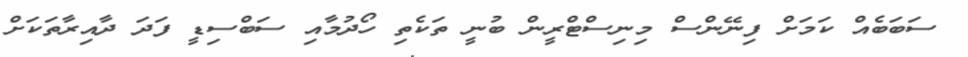
ސަބަބެއް ކަމަށް ފިނޭންސް މިނިސްޓްރީން ބުނީ ތަކެތި ހޯދުމާއި ސަބްސިޑީ ފަދަ ދާއިރާތަކަށް